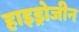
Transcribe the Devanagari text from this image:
हाइड्रोजीन